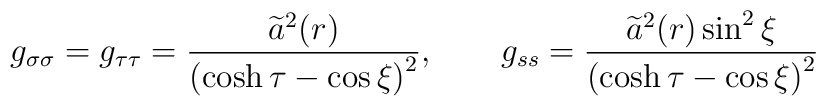
g_{\sigma \sigma }=g_{\tau \tau }=\frac{\widetilde{a}^2(r)}{\left( \cosh\tau -\cos \xi \right) ^2} , \qquad g_{ss}=\frac{\widetilde{a}^2(r)\sin^2\xi } {\left( \cosh \tau -\cos \xi \right) ^2}